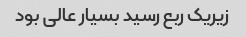
زیریک ربع رسید بسیار عالی بود